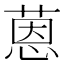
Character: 蒽